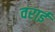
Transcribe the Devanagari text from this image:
वराई